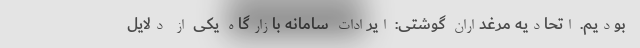
بودیم. اتحادیه مرغداران گوشتی: ایرادات سامانه بازارگاه یکی از دلایل